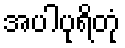
အပါပုရိတုံ